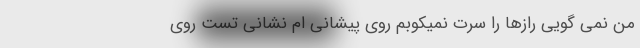
من نمی گویی رازها را سَرَت نمیکوبم روی پیشانی ام نشانیِ تُست روی